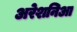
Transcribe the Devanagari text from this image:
अरेशनिआ